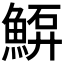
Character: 𩸷